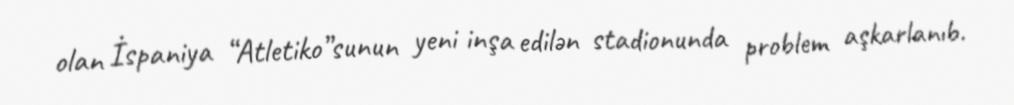
olan İspaniya “Atletiko”sunun yeni inşa edilən stadionunda problem aşkarlanıb.